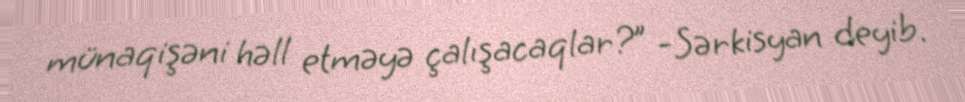
münaqişəni həll etməyə çalışacaqlar?” -Sərkisyan deyib.